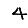
Digit: 4